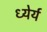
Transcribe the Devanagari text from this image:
ध्येर्य